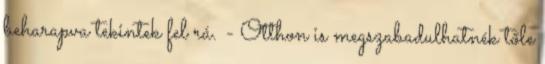
beharapva tekintek fel rá. - Otthon is megszabadulhatnék tőle